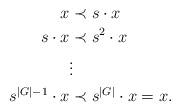
LaTeX: \begin{align*}x &\prec s\cdot x\\s\cdot x &\prec s^2\cdot x\\&\vdots\\s^{|G|-1}\cdot x &\prec s^{|G|}\cdot x=x.\end{align*}